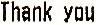
THANK YOU